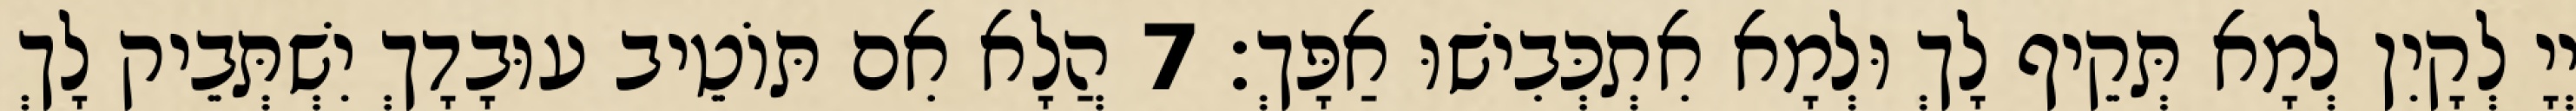
יְיָ לְקָיִן לְמָא תְּקֵיף לָךְ וּלְמָא אִתְכְּבִישׁוּ אַפָּךְ׃ 7 הֲלָא אִם תּוֹטֵיב עוּבָדָךְ יִשְׁתְּבֵיק לָךְ